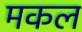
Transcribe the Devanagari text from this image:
मकल